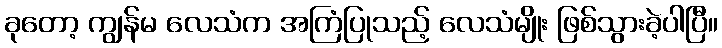
ခုတော့ ကျွန်မ လေသံက အကြံပြုသည့် လေသံမျိုး ဖြစ်သွားခဲ့ပါပြီ။